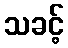
သခင့်